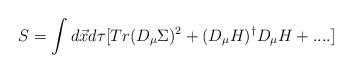
LaTeX: \begin{align*}S=\int d\vec x d\tau [Tr(D_{\mu}\Sigma)^2 + (D_{\mu}H)^{\dagger}D_{\mu}H+....]\end{align*}